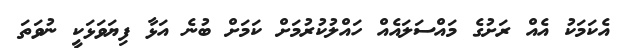
އެކަމަކު އެއް ރަށުގެ މައްސަލައެއް ހައްލުކުރުމަށް ކަމަށް ބުނެ އަޅާ ފިޔަވަޅަކީ ނުވަތަ